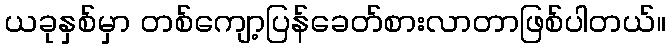
ယခုနှစ်မှာ တစ်ကျော့ပြန်ခေတ်စားလာတာဖြစ်ပါတယ်။